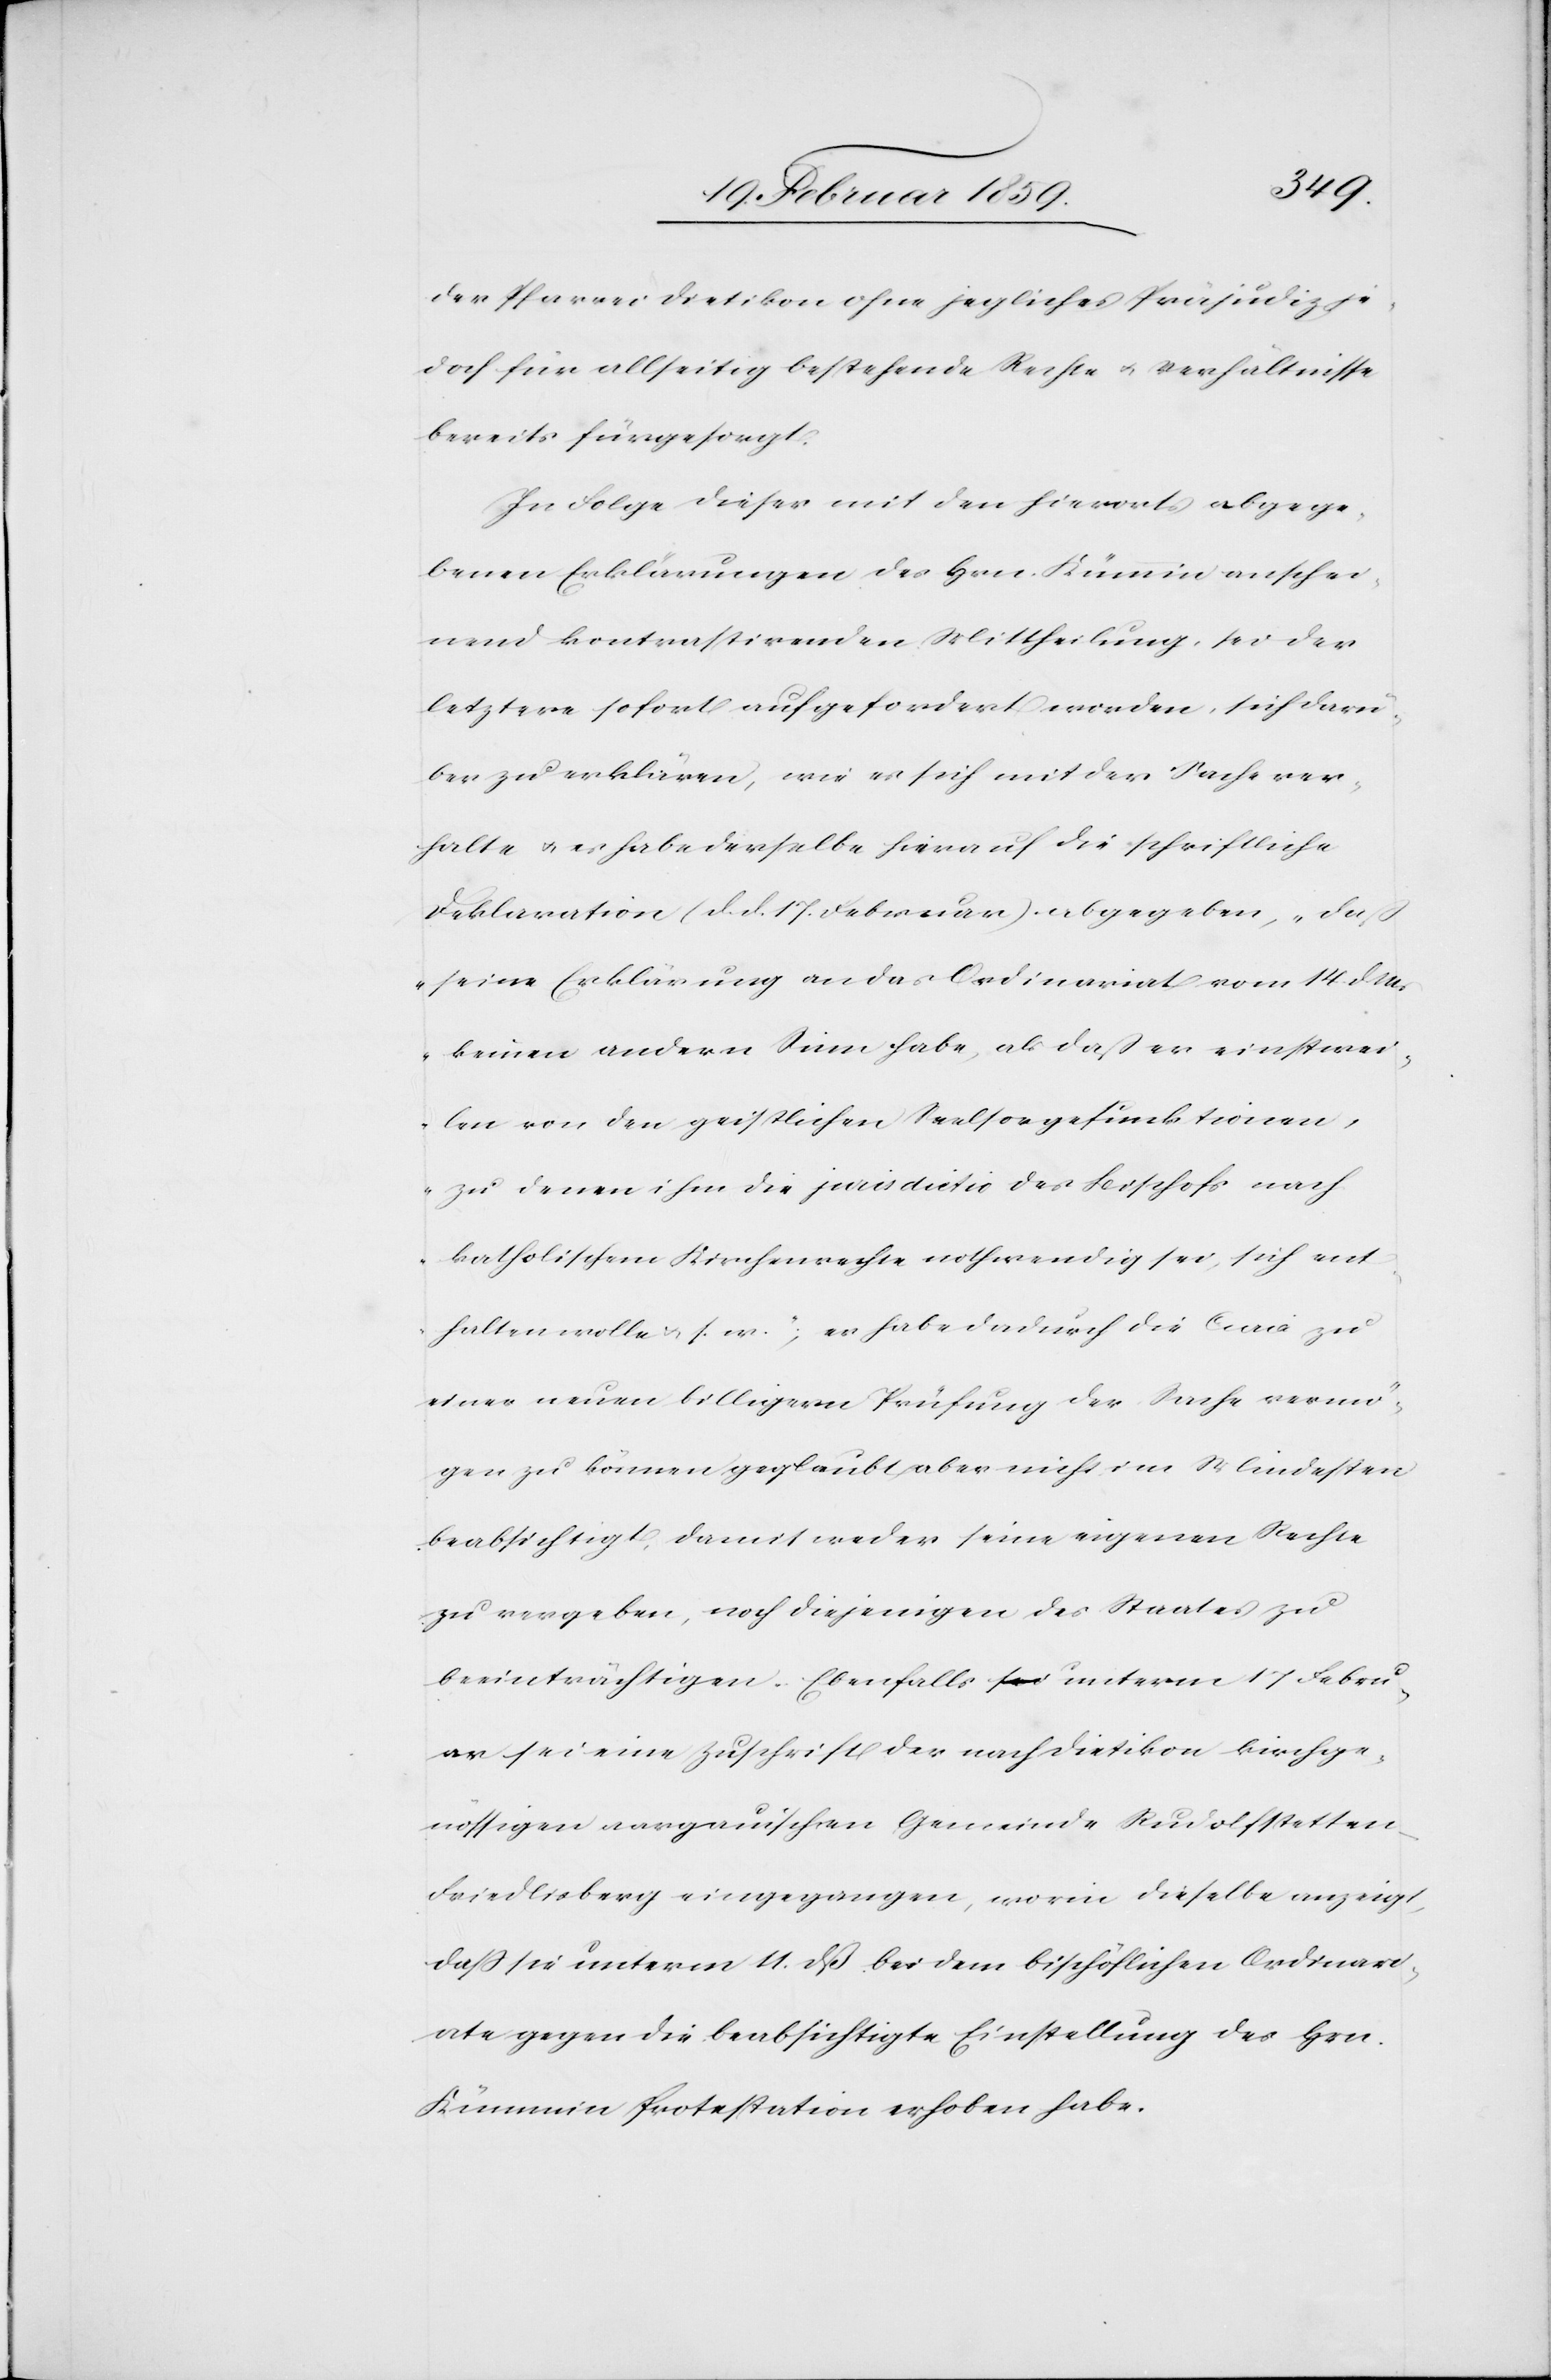
der Pfarrei Dietikon ohne jegliches Präjudiz je¬
doch für allseitig bestehende Rechte u. Verhältnisse
bereits fürgesorgt.
In Folge dieser mit den hierorts abgege¬
benen Erklärungen des Hrn. Kümmin anschei¬
nend kontrastirenden Mittheilung, sei der
letztere sofort aufgefordert worden, sich darü¬
ber zu erklären, wie es sich mit der Sache ver¬
halte u. es habe derselbe hierauf die schriftliche
Deklaration (d. d. 17. Februar) abgegeben, „daß
seine Erklärung an das Ordinariat vom 14. d.
keinen andern Sinn habe, als daß er einstwei¬
len von den geistlichen Seelsorgefunktionen,
zu denen ihm die juris dictio des Bischofs nach
katholischem Kirchenrechte nothwendig sei, sich ent¬
halten wolle u. s. w.“; es habe dadurch die Curie zu
einer neuen billigern Prüfung der Sache vermö¬
gen zu können geglaubt, aber nicht im Mindesten
beabsichtigt, damit weder seine eigenen Rechte
zu vergeben, noch diejenigen des Staates zu
beeinträchtigen. Ebenfalls unterm 17 Febru¬
ar sei eine Zuschrift der nach Dietikon kirchge¬
nössigen aargauischen Gemeinde Rudolfstetten-F¬
riedlisberg eingegangen, worin dieselbe anzeigt,
daß sie unterm 11. dß bei dem bischöflichen Ordinari¬
ate gegen die beabsichtigte Einstellung des Hrn.
Kümmin Protestation erhoben habe.